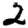
Digit: 2